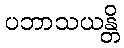
ပဘာသယန္တိ